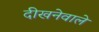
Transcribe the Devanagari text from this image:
दीखनेवाले